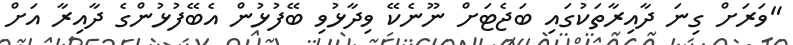
"ވަރަށް ގިނަ ދާއިރާތަކުގައި ބަޖެޓަށް ނޫނެކޭ ވިދާޅުވި ބޭފުޅުން އެބޭފުޅުންގެ ދާއިރާ އަށް